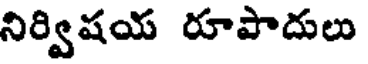
నిర్విషయ రూపాదులు